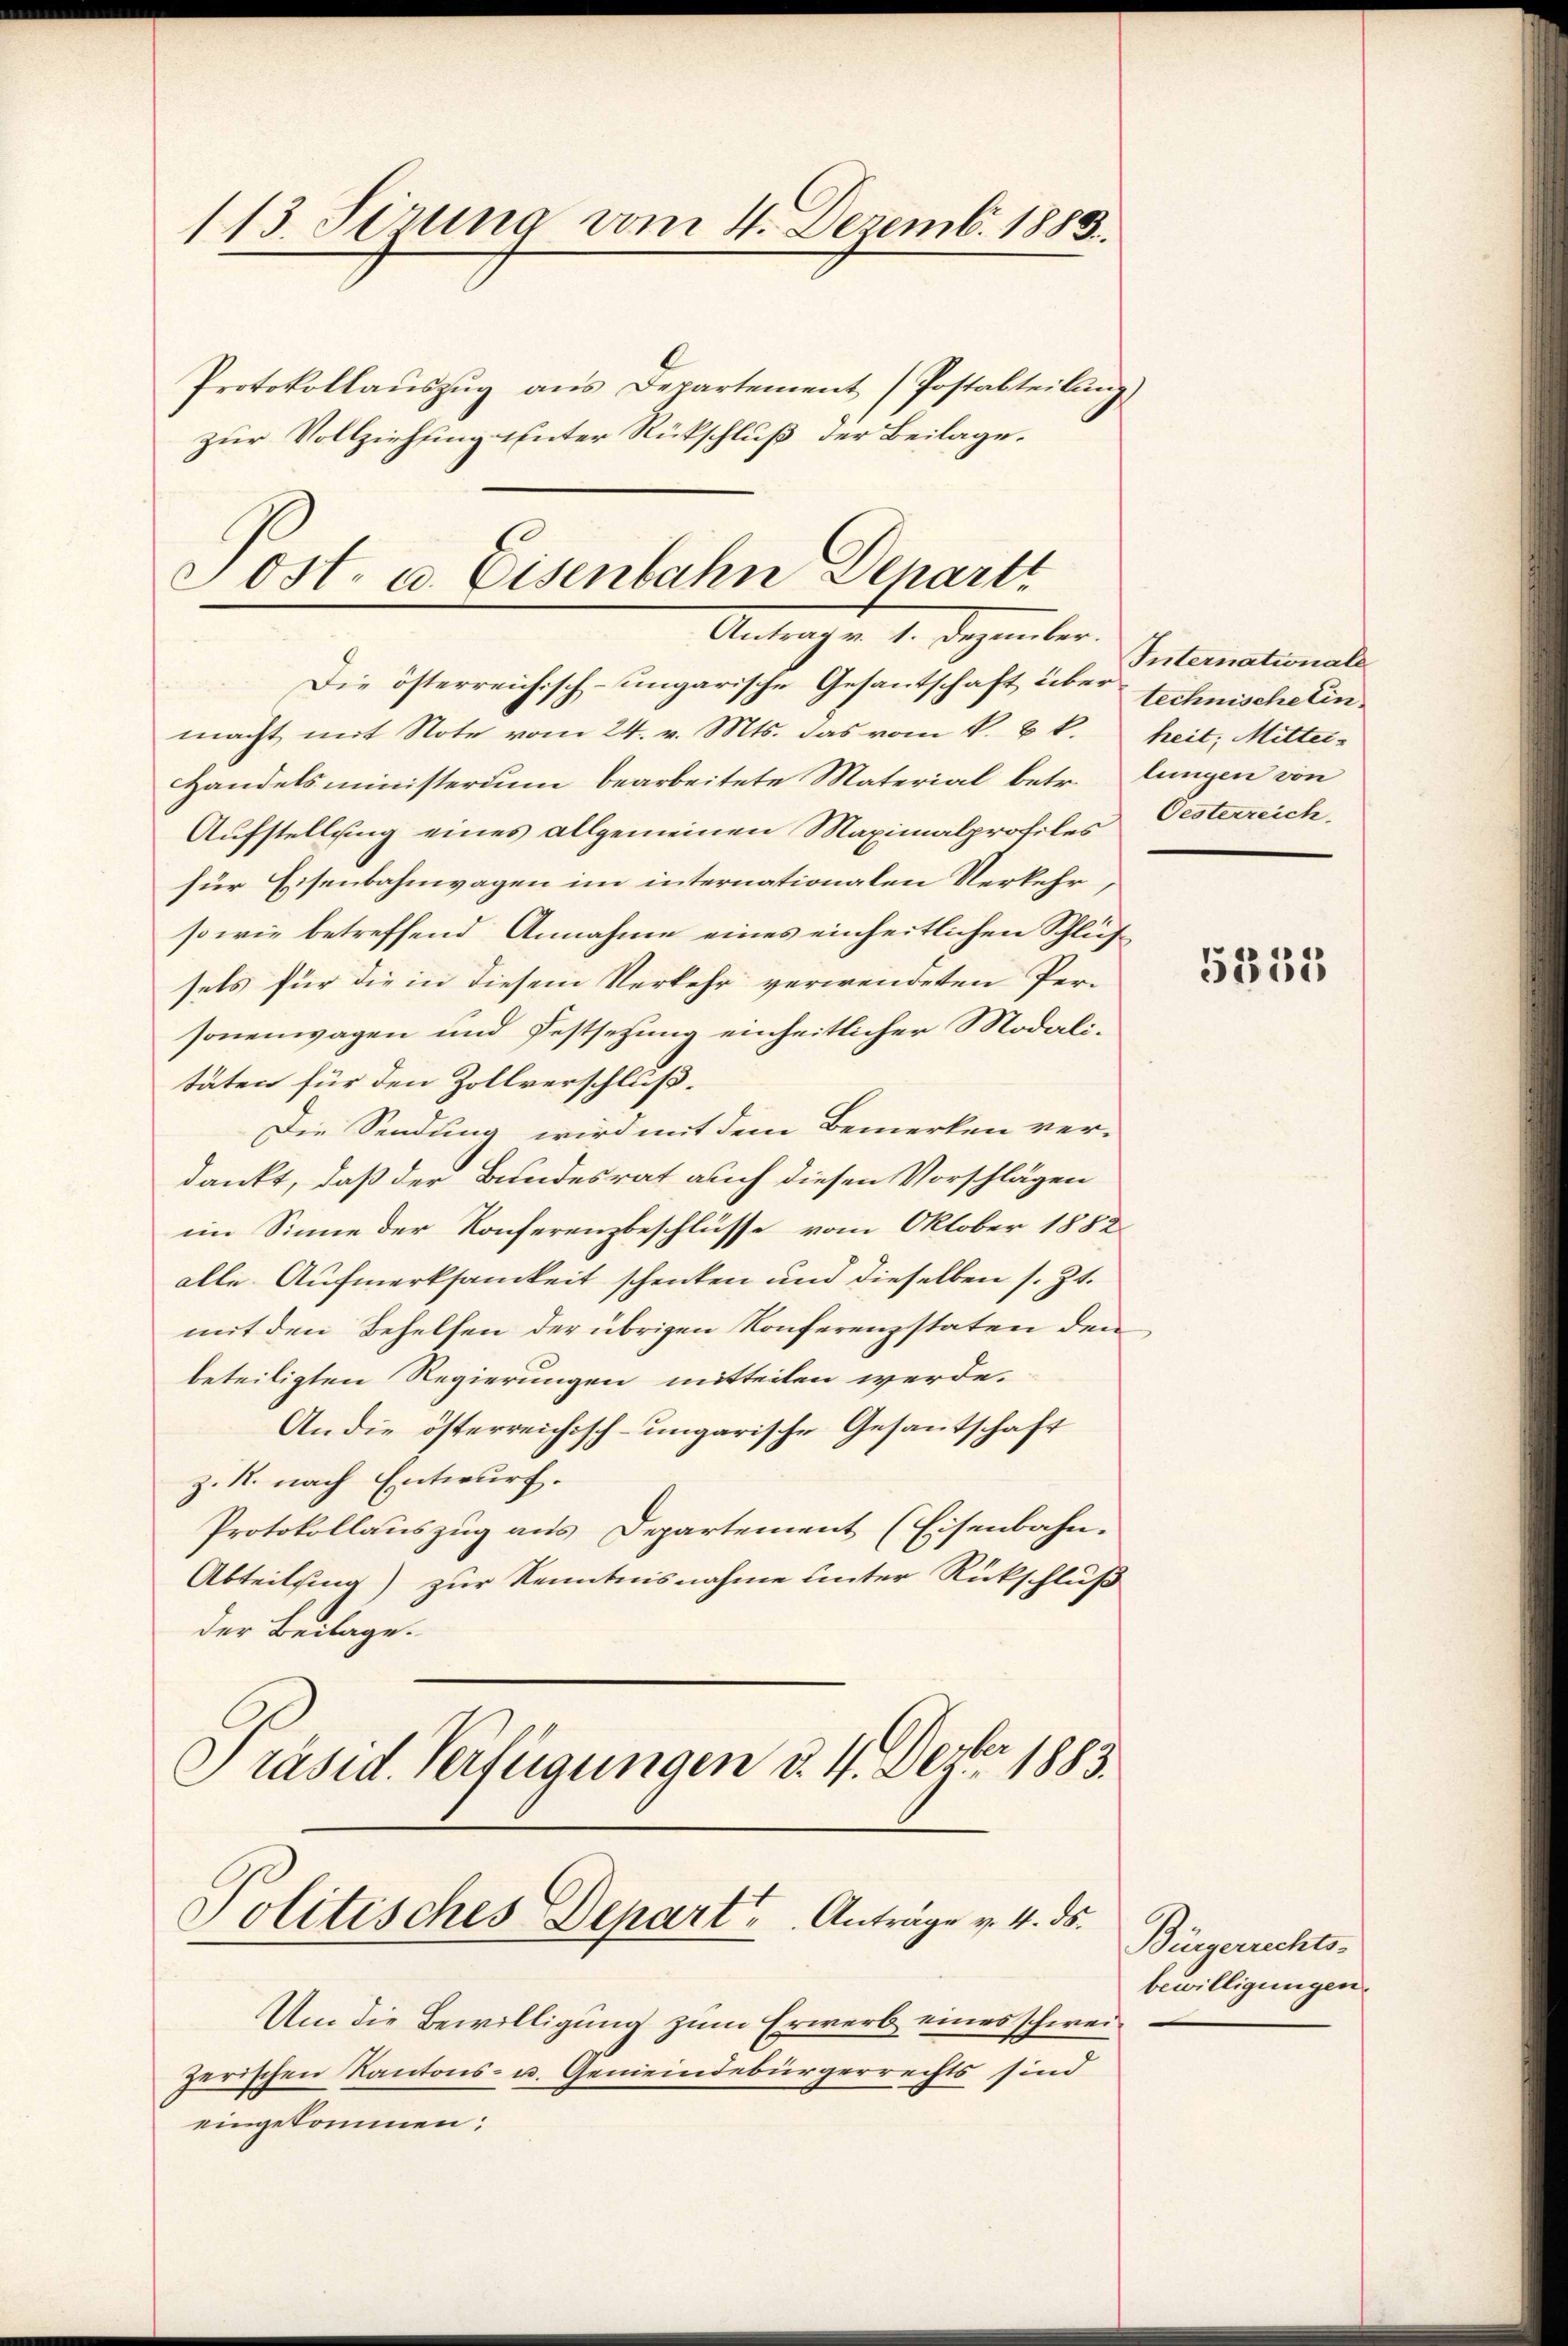
113. Sizung vom 4. Dezemb. 1883.

Protokollaŭszŭg ans Departement (Postabteilŭng
zur Vollziehung unter Rückschluß der Beilage.

Post. u. Eisenbahn Denart
Antrag v. 1. Dezember.
Die österreichisch-ungarische Gesantschaft über technischein¬

macht mit Note vom 24. v. Mts. das vom k. k. k.
Handelsministerium bearbeitete Material betr. Lungen von
Aufstellung eines allgemeinen Maximalprofiles Oesterreichfür Eisenbahnwagen im internationalen Verkehr
sowie betreffend Annahme eines einheitlichen Schluß
sels für die in diesem Verkehr verwendeten Per-
sonenwagen und Festsetzung einheitlicher Modalitäten für den Zollverschluß.
Die Sendung wird mit dem Bemerken ver-
dankt, daß der Bundesrat auch diesen Vorschlägen
im Sinne der Konferenzbeschlüsse vom Oktober 1882
alle Aufmerksamkeit schenken und dieselben s. Zt.
mit den Behelfen der übrigen Konferenzstaten den
beteiligten Regierungen mitteilen werde.
An die österreichisch-ungarische Gesantschaft
z. 1. nach Entwurf.
Protokollauszug aus Departement (Eisenbahn.
Abteilung) zur Kenntnisnahme unter Rückschluß
der Beilage.
Präsid. Verfügungen d. 4. Decbr 1883.

Politisches Depart u. Anträge v. 4. ds.

eingekommen;

Um die Bewilligung zum Erwerb eines schweizerischen Kantons- u. Gemeindebürgerrechts sind

Internationale
heit, Mittei-

.

5333

Bürgerrechts-
bewilligungen.